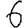
Digit: 6